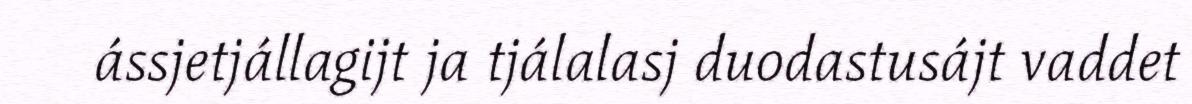
ássjetjállagijt ja tjálalasj duodastusájt vaddet